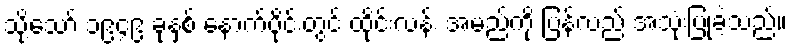
သို့သော် ၁၉၄၉ ခုနှစ် နောက်ပိုင်းတွင် ထိုင်းလန်း အမည်ကို ပြန်လည် အသုံးပြုခဲ့သည်။